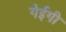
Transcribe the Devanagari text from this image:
गेईगी